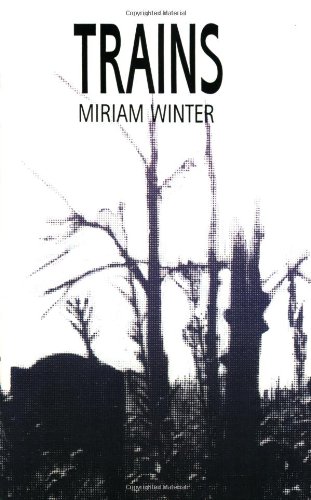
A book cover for Trains: A Memoir of a Hidden Childhood During and After World War 2; Miriam Winter; Biographies & Memoirs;